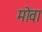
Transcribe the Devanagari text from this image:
मोवा